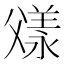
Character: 𬋼